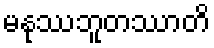
မနုဿဘူတဿာတိ